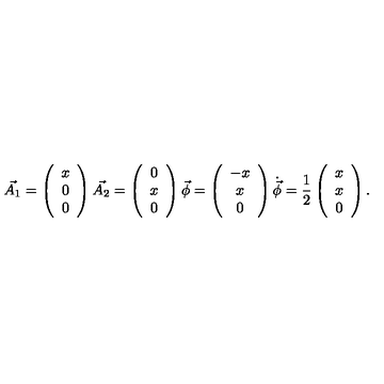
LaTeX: \vec { A _ { 1 } } = \left( \begin{array} { c } { x } \\ { 0 } \\ { 0 } \\ \end{array} \right) \vec { A _ { 2 } } = \left( \begin{array} { c } { 0 } \\ { x } \\ { 0 } \\ \end{array} \right) \vec { \phi } = \left( \begin{array} { c } { - x } \\ { x } \\ { 0 } \\ \end{array} \right) \dot { \vec { \phi } } = \frac { 1 } { 2 } \left( \begin{array} { c } { x } \\ { x } \\ { 0 } \\ \end{array} \right) .